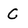
Character: C